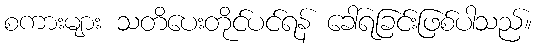
စကားများ သတိပေးတိုင်ပင်ရန် ခေါ်ရခြင်းဖြစ်ပါသည်။